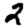
Digit: 2